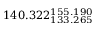
1 4 0 . 3 2 2 _ { 1 3 3 . 2 6 5 } ^ { 1 5 5 . 1 9 0 }